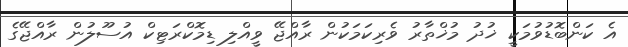
އެ ކަންބޮޑުވުމަކީ ޚުދު މުޚްތާރު ވެރިކަމަކުން ރާއްޖޭ ވީއްލި ޑިމޮކްރަޓިކް އުސޫލުން ރާއްޖޭގެ